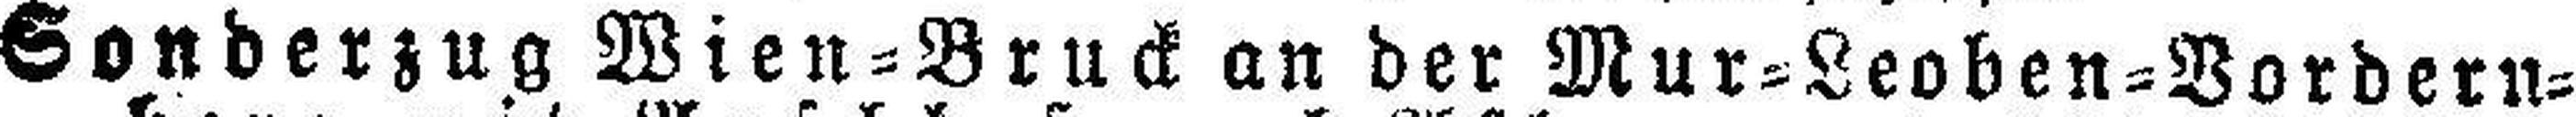
Sonderzug Wien=Bruck an der Mur=Leoben=Vordern¬